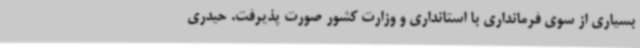
بسیاری از سوی فرمانداری با استانداری و وزارت کشور صورت پذیرفت. حیدری